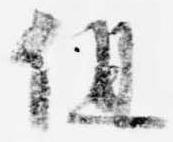
但